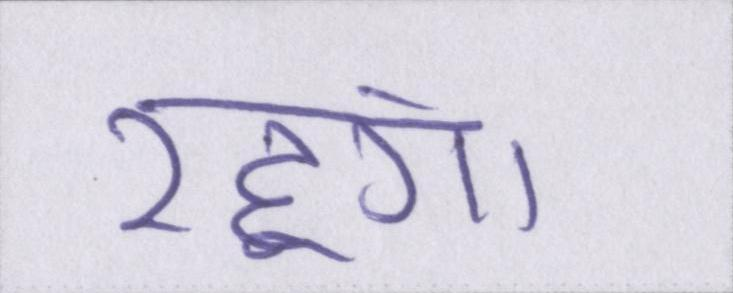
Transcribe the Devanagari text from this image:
रहूंगा।